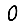
Digit: 0